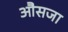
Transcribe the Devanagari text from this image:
औसजा